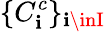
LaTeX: \{ C_{\mathbf{i}}^{c}\} _{\mathbf{i}\inI}